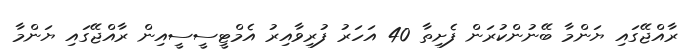
ރާއްޖޭގައި ޔަންމާ ބޭނުންކުރަން ފެށިތާ 40 އަހަރު ފުރިވާއިރު އެމްޓީސީސީއިން ރާއްޖޭގައި ޔަންމާ